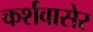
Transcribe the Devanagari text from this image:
कर्शवासेर